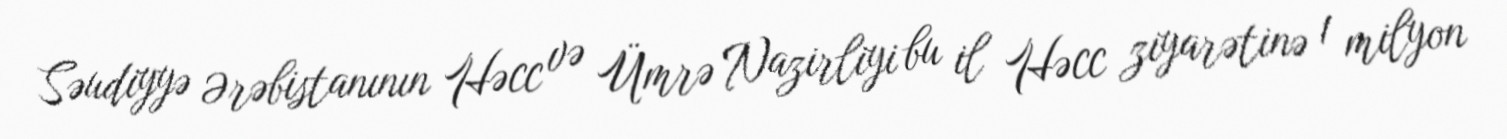
Səudiyyə Ərəbistanının Həcc və Ümrə Nazirliyi bu il Həcc ziyarətinə 1 milyon